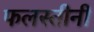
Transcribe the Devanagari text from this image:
फलस्तीनी